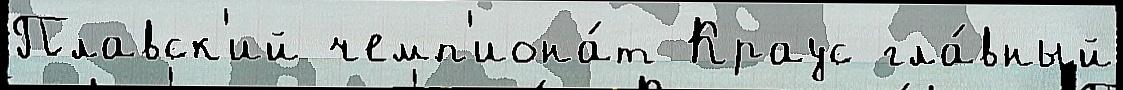
Плавск'ий чемп'иона́т Краус гла́вный